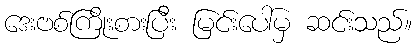
ဒေးဗစ်ကြိုးစားပြီး မြင်းပေါ်မှ ဆင်းသည်။